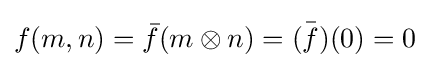
f(m,n)={\bar {f}}(m\otimes n)={\bar {(f)}}(0)=0